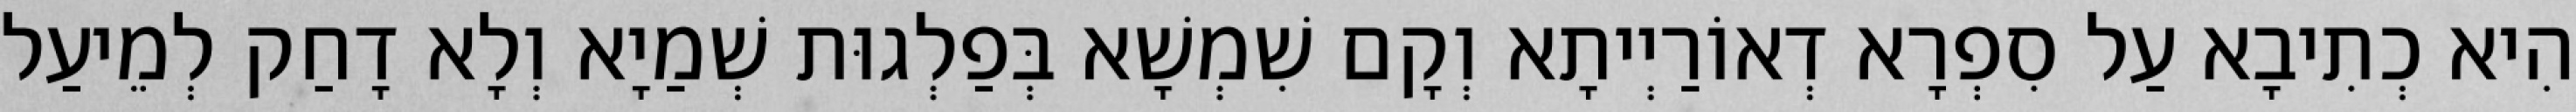
הִיא כְתִיבָא עַל סִפְרָא דְאוֹרַיְיתָא וְקָם שִׁמְשָׁא בְּפַלְגוּת שְׁמַיָא וְלָא דָחַק לְמֵיעַל